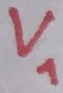
Text: V1